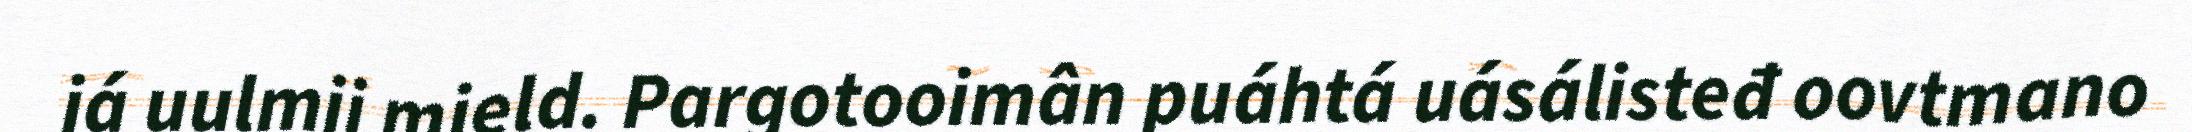
já uulmij mield. Pargotooimân puáhtá uásálisteđ oovtmano